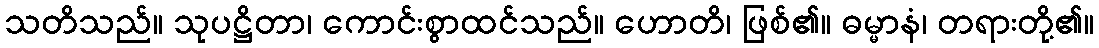
သတိသည်။ သုပဋ္ဌိတာ၊ ကောင်းစွာထင်သည်။ ဟောတိ၊ ဖြစ်၏။ ဓမ္မာနံ၊ တရားတို့၏။